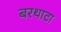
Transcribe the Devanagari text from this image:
बरथाटा